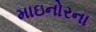
માઇનોરના